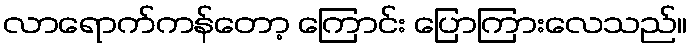
လာရောက်ကန်တော့ ကြောင်း ပြောကြားလေသည်။